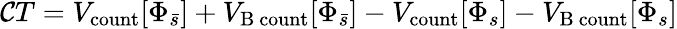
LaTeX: \mathcal{C}T=V_{\mathrm{{count}}}[\Phi_{\bar{{s}}}]+V_{\mathrm{{B\ count}}}[\Phi_{\bar{{s}}}]-V_{\mathrm{{count}}}[\Phi_{s}]-V_{\mathrm{{B\ count}}}[\Phi_{s}]